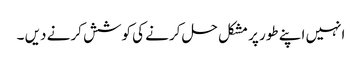
انہیں اپنے طور پر مشکل حل کرنے کی کوشش کرنے دیں ۔